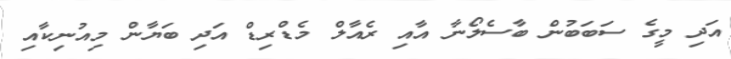
އަދި މީގެ ސަބަބުން ބާސެލޯނާ އާއި ރެއާލް މެޑްރިޑް އަދި ބަޔާން މިއުނިކާއި